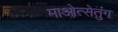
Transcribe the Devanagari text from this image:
माओत्सेतुंग